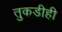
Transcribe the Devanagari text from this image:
तुकडीही